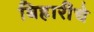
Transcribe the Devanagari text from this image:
बिहारींचे